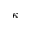
\kappa